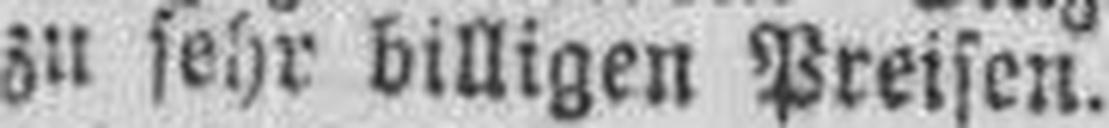
zu sehr billigen Preisen.